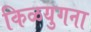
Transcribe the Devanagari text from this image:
किळयुगना